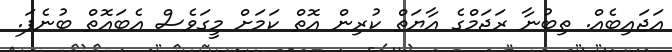
އަޖައިބެއް. ތިބުނާ ރަޖަމްގެ އާޔަތް ކުރިން އޮތް ކަމަށް މީގަވެސް އެބައޮތް ބުނެފަ.